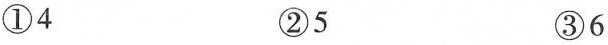
①4 ②5 ③6